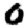
Digit: 0